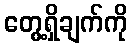
တွေ့ရှိချက်ကို